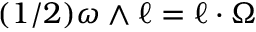
( 1 / 2 ) \boldsymbol { \omega } \wedge \boldsymbol { \ell } = \boldsymbol { \ell } \cdot \boldsymbol { \Omega }